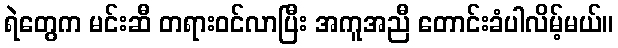
ရဲတွေက မင်းဆီ တရားဝင်လာပြီး အကူအညီ တောင်းခံပါလိမ့်မယ်။